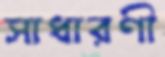
সাধারণী